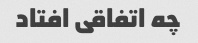
چه اتفاقی افتاد